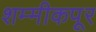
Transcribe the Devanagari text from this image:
शम्मीकपूर